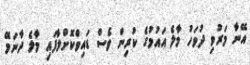
އޭނާ މަރުވި ދުވަހު މާލެ އައުމުގެ ކުރިން ވެސް ޑައިވްކޮށްލާފައި މާލެ ދާނަމޭ